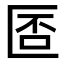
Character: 𠥀